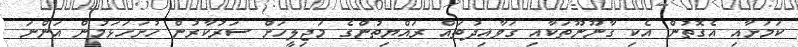
ކަމަށާއި އެގޮތުން އެކި ގާނޫނޫތަކާއި ގަވާއިދުތައް ރައްޔިތުންގެ މަޖިލީހަށް ސަރުކާރުން ހުށަހަޅަމުން އަންނަ